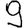
Digit: 9